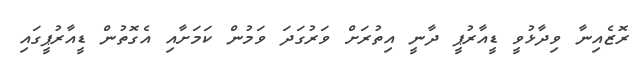
ރޮޒެއިނާ ވިދާޅުވީ ޑީއާރުޕީ ދާނީ އިތުރަށް ވަރުގަދަ ވަމުން ކަމަށާއި އެގޮތުން ޑީއާރުޕީގައި